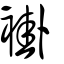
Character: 褂